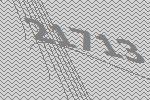
21713